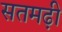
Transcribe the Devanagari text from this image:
सतमढ़ी